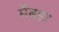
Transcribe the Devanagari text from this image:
मेंबड़ा